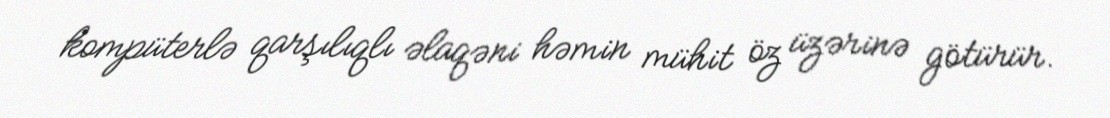
kompüterlə qarşılıqlı əlaqəni həmin mühit öz üzərinə götürür.